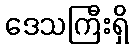
ဒေသကြီးရှိ